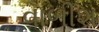
વાળીશ